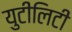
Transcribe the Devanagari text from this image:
युटीलिटी